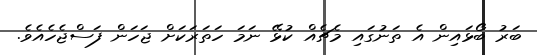
ބަރު ބޯޅައިން އެ ތަނުގައި މެޗެއް ކުޅޭ ނަމަ ހަތަރަކަށް ޖަހަން ފަސްޖެހެއެވެ.